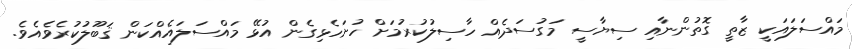
މައްސަލައަކީ ޒާތީ ގޮތުންނާއި ސިޔާސީ މަގުސަދެއް ހާސިލުކުރުމަށް ހުށަހެޅިގެން އުޅޭ މައްސަލައެއްކަން ޤަބޫލުކުރެވެއެވެ.